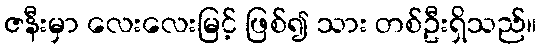
ဇနီးမှာ လေးလေးမြင့် ဖြစ်၍ သား တစ်ဦးရှိသည်။